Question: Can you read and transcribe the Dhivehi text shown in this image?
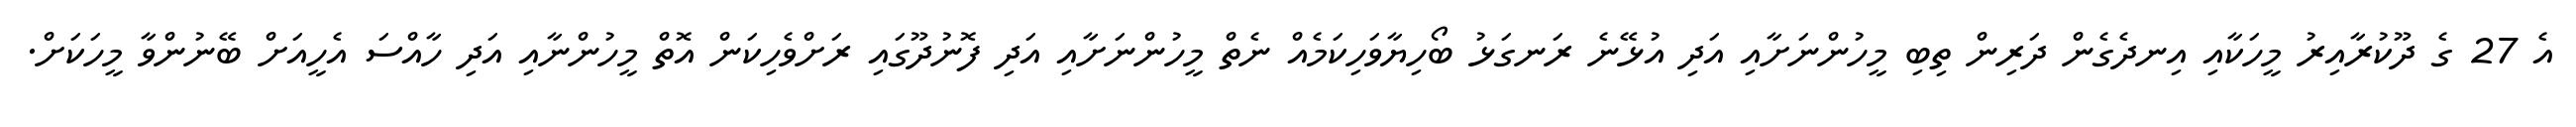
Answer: އެ 27 ގެ ދޫކުރާއިރު މީހަކާއި އިނދެގެން ދަރިން ތިބި މީހުންނަށާއި އަދި އުޅޭނެ ރަނގަޅު ބޯހިޔާވަހިކަމެއް ނެތް މީހުންނަށާއި އަދި ފޮނުދޫގައި ރަށްވެހިކަން އޮތް މީހުންނާއި އަދި ހާއްސަ އެހީއަށް ބޭނުންވާ މީހަކަށް.